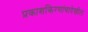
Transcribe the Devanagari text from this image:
प्रकाशकिरणांचादेखील